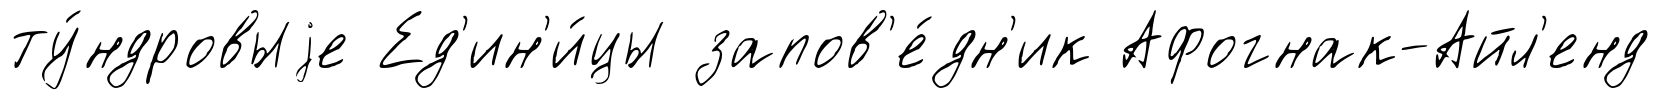
ту́ндровыjе Ед'ин'и́цы запов'е́дн'ик Афогнак-Айл'енд